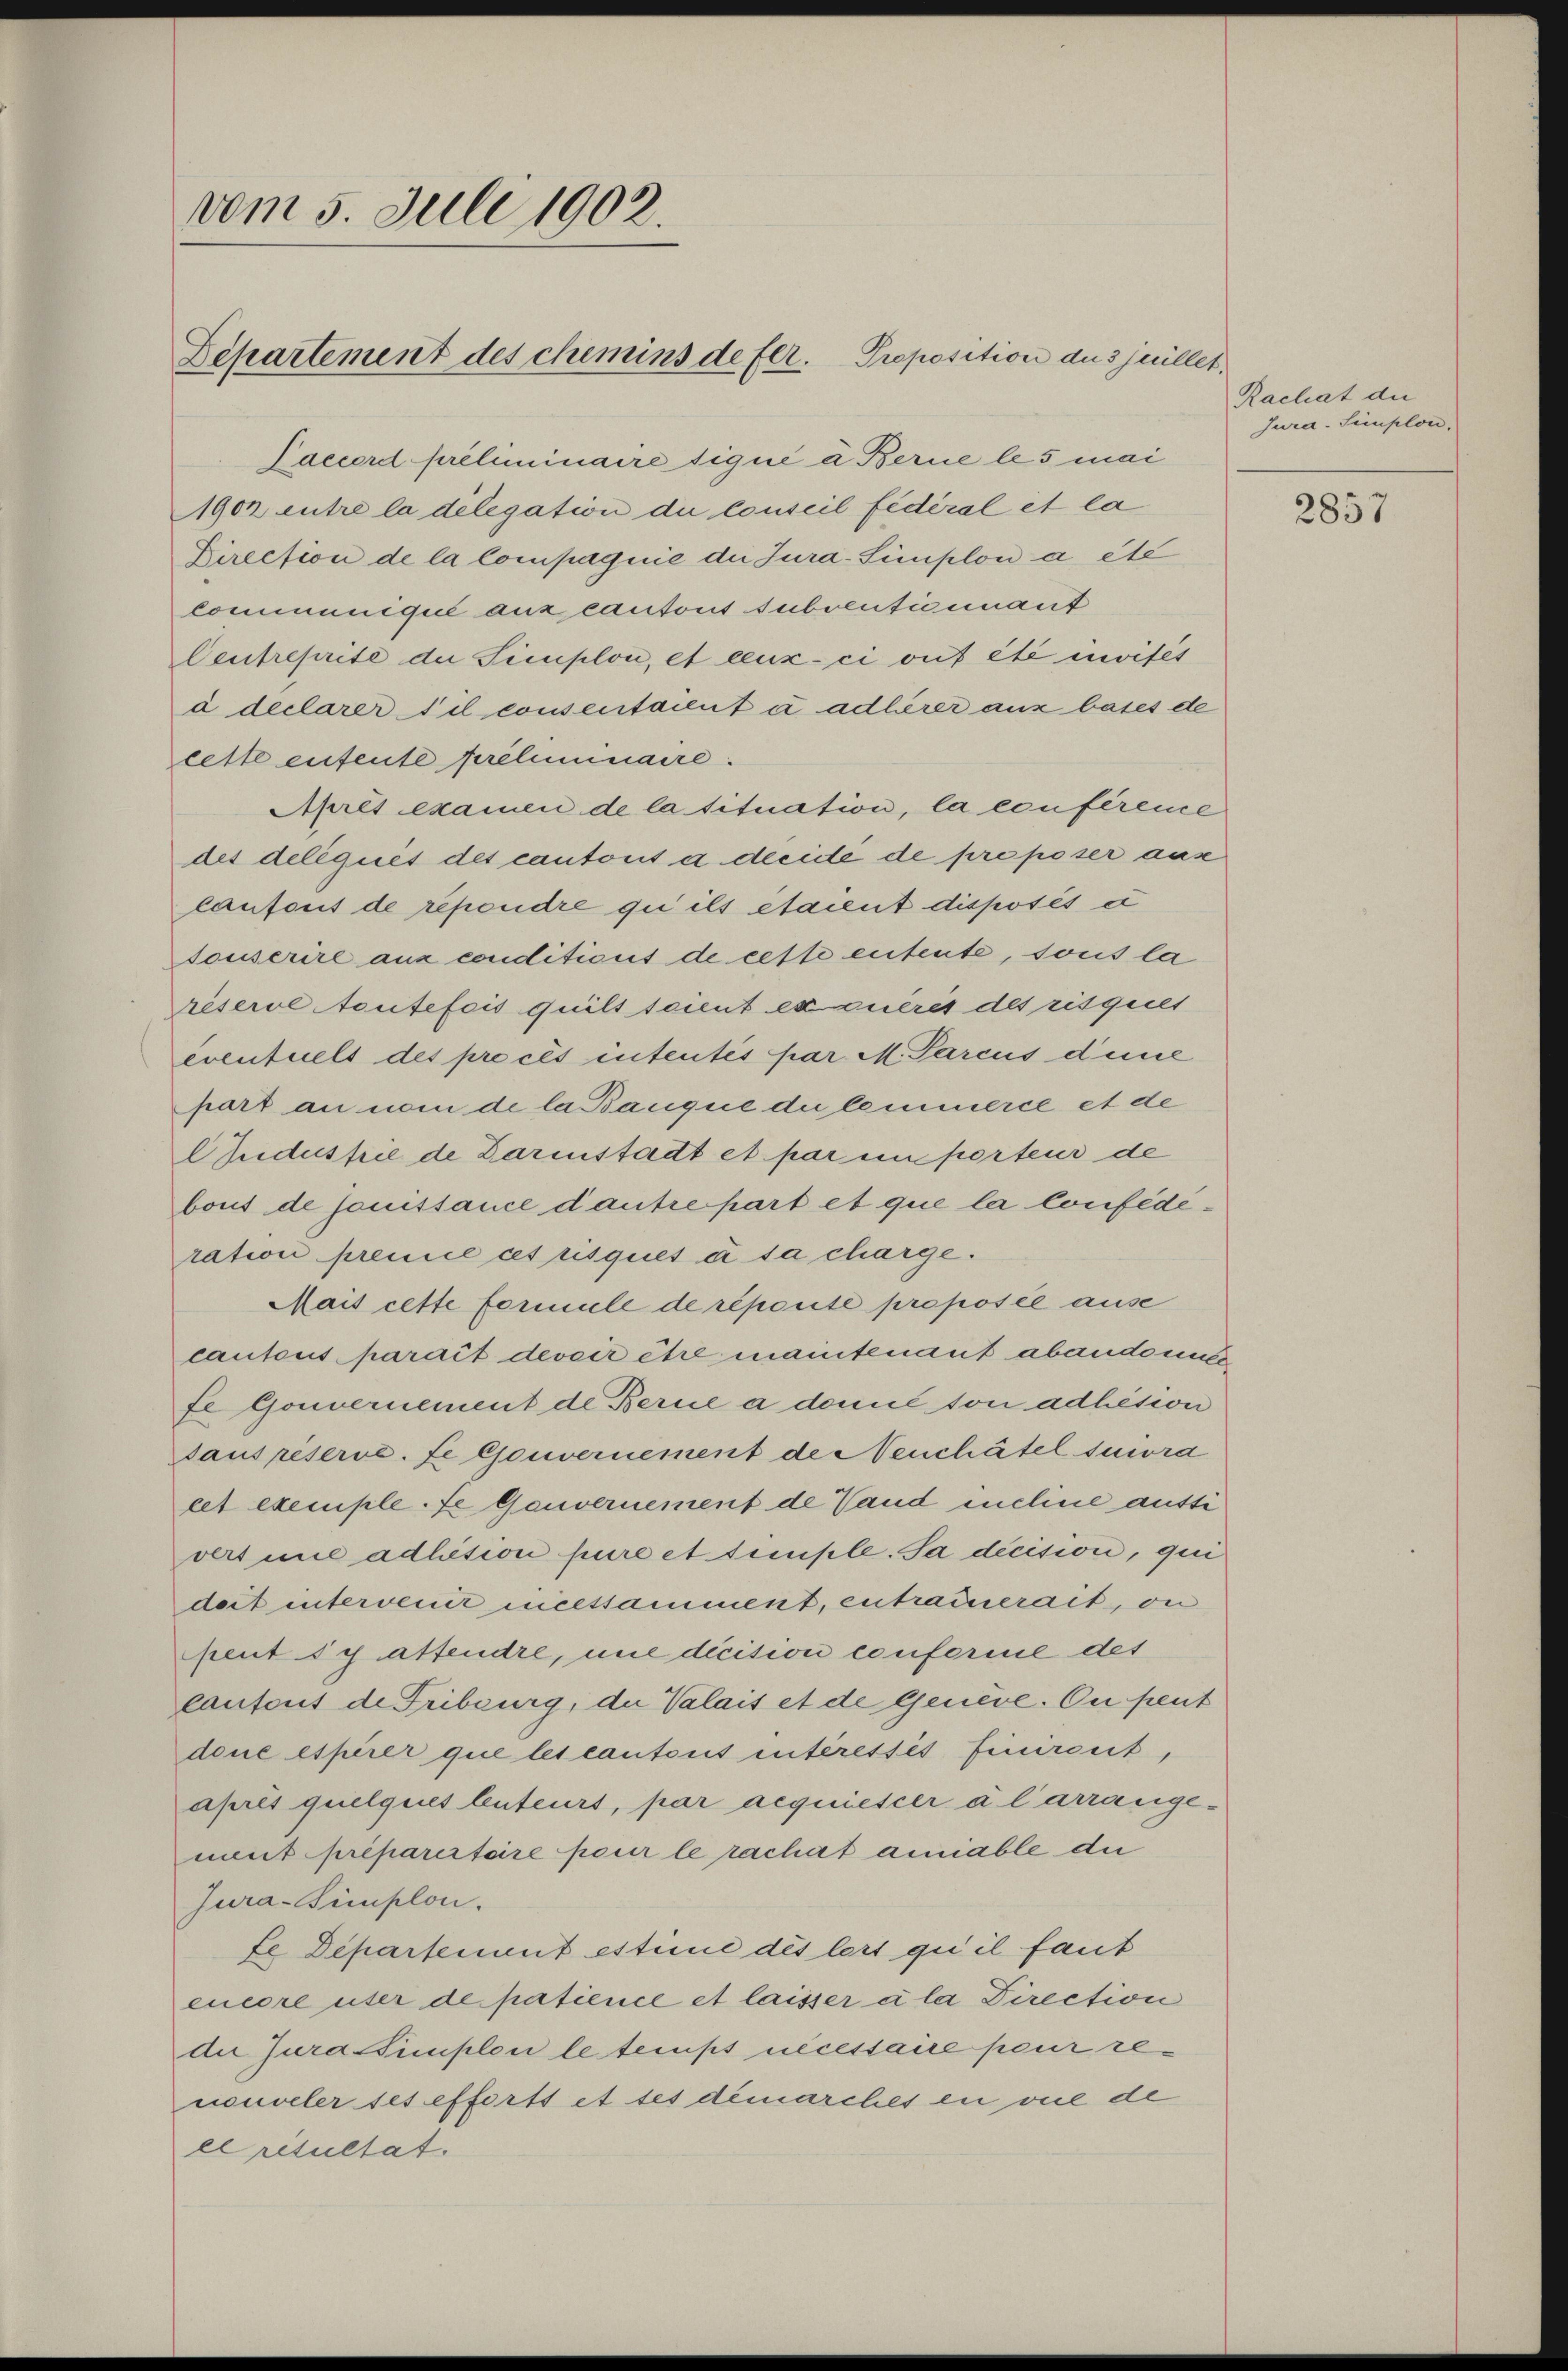
vom 5. Juli 1902.

Saccord préliminaire liqué à Berne les mai
1902 entre la delegation die Conseil fédéral et la
Direction de la Compagnie die Jura-Simplon a été
communiqué aux cautont subventicinant
Centreprite der Simploi, et ceux-ci ont été moises
à declarer Til consentaient u adlerer aus bases de
lette entente periminaire.
Après examen de la tituation, la conferene
des deliques des cantont a decite de pre poser ause
laufont de répondre qui ils étaient disposés et
Souserire ans conditions de cette entente, sous la
réserve toutefois quilt scient et querit des risquilt
eventuels des pre ces intentés par M. Parcus dene
part an vom de la Banque de lemmerce et de
Zudusfie de Darinstadt et par un porteur de
bout de jouissance d’autre part et que la confédération premie cet risques à sa charge.
Mais cette formule de reporité proposée ause
cautous parait devoir être maintenant abandonnefe Gouvernement de Berne a damit son adhésion
daus reserve. fe Gouvernement de Neuchâtel suivra
cet exemple.fe Gauvernement de Wand meline aussi
vertune adhision pure et simple. Sa decision, qui
dert intervenit micessamment, entrainerait, on
peut sch attendre, nie dicision conforme des
cantons de Fribourg, da Valais et de Geneve. On peut
doue esperer que les cantons intéressés finirent,
après quelquet leuteurs, par acquiescer à l’arrangement préparertoire pour le rachat anniable die
Jura-Simplon.
Le Departement estimé dès lert qu’il faut
encore über de patience et laisser a la Direction
die Jura simplon le temps nécessaire peur renouveler ses efferts et ses demarches en vue de
lresultat.

Departement des chemins de fer. Proposition des Juillet,

Rachat der
Jura. Simplon.

2857